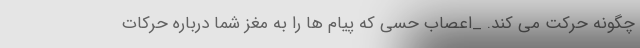
چگونه حرکت می کند. _اعصاب حسی که پیام ها را به مغز شما درباره حرکات